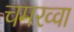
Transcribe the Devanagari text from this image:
चमरव्‍वा